Indian journal of veterinary science and animal husbandry - Volume 6,
Year: 1936
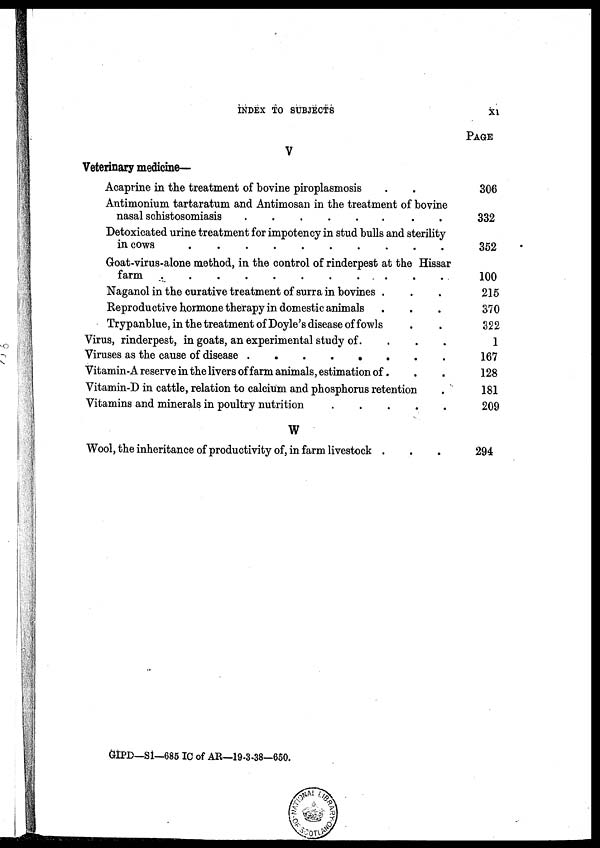
INDEX TO SUBJECTS
XI
V
Veterinary medicine—
Acaprine in the treatment of bovine piroplasmosis
Antimonium tartaratum and Antimosan in the treatment of bovine
nasal schistosomiasis
Detoxicated urine treatment for impotency in stud bulls and sterility
in cows ......
Goat-virus-alone method, in the control of rinderpest at the Hissar
farm .......
Naganol in the curative treatment of surra in bovines .
Reproductive hormone therapy in domestic animals
Trypanblue, in the treatment of Doyle's disease of fowls
Virus, rinderpest, in goats, an experimental study of.
Viruses as the cause of disease
........
Vitamin-A reserve in the livers of farm animals, estimation of....
Vitamin-D in cattle, relation to calcium and phosphorus retention
Vitamins and minerals in poultry nutrition
....
W
Wool, the inheritance of productivity of,in farm livestock .
PAGE
306
332
352
100
215
370
322
1
167
128
181
209
294
GIPD—S1—685 IC of AR—19-3-38—650.